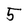
Character: 5